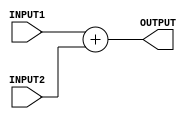
`timescale 1ns / 1ps
//////////////////////////////////////////////////////////////////////////////////
// Company: 
// Engineer: 
// 
// Design Name: 
// Module Name: Adder
// Project Name: 
// Target Devices: 
// Tool Versions: 
// Description: 
// 
// Dependencies: 
// 
// Revision:
// Revision 0.01 - File Created
// Additional Comments:
// 
//////////////////////////////////////////////////////////////////////////////////


module Adder(INPUT1, INPUT2, OUTPUT);
    input wire [31:0] INPUT1;
	 input wire [31:0] INPUT2;
	 output wire [31:0] OUTPUT;
	 assign OUTPUT = INPUT1 + INPUT2;

endmodule